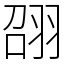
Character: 䎄